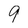
Character: 9